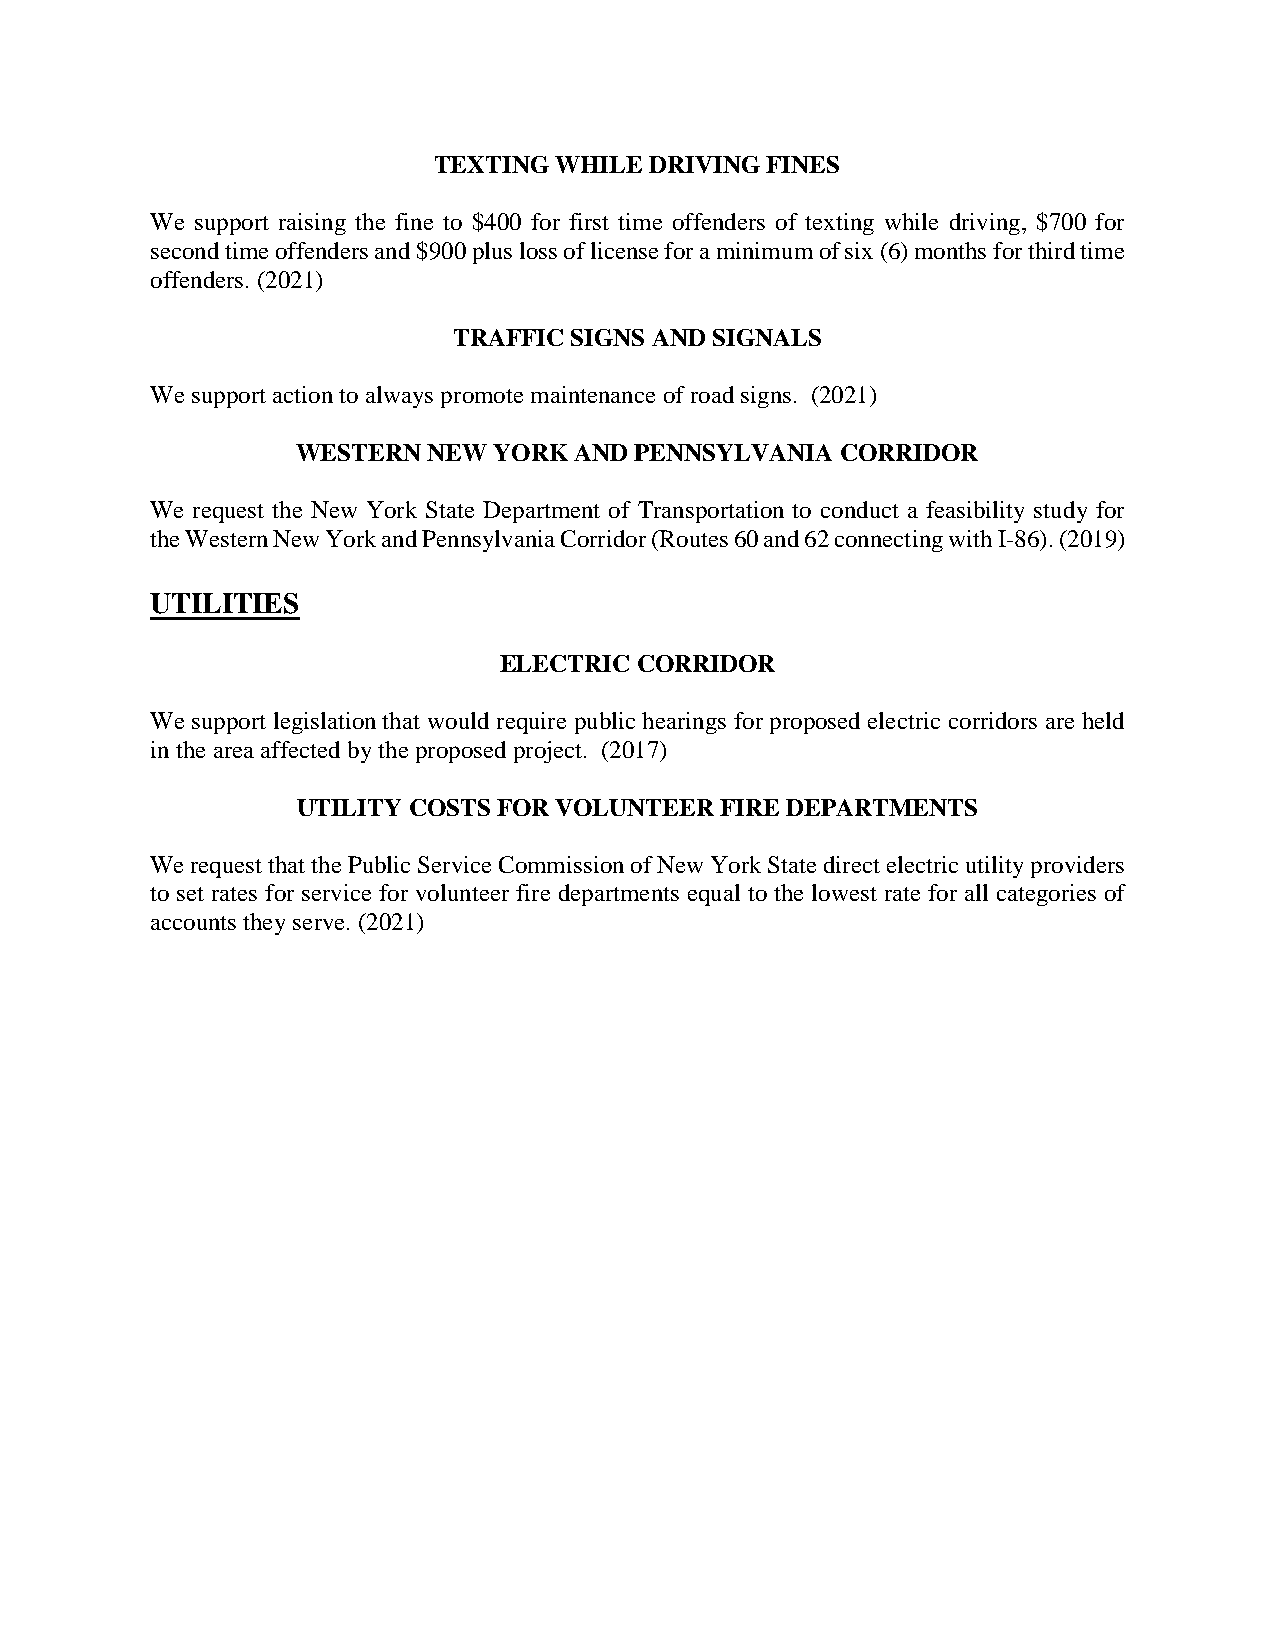
TEXTING WHILE DRIVING FINES
 We support raising the fine to $400 for first time offenders of texting while driving, $700 for
 second time offenders and $900 plus loss of license for a minimum of six (6) months for third time
 offenders. (2021)
 TRAFFIC SIGNS AND SIGNALS
 We support action to always promote maintenance of road signs. (2021)
 WESTERN NEW  YORK AND PENNSYLVANIA  CORRIDOR
 We request the New York State Department of Transportation to conduct a feasibility study for
 the Western New York and Pennsylvania Corridor (Routes 60 and 62 connecting with I-86). (2019)
 UTILITIES
 ELECTRIC CORRIDOR
 We support legislation that would require public hearings for proposed electric corridors are held
 in the area affected by the proposed project. (2017)
 UTILITY COSTS FOR VOLUNTEER FIRE DEPARTMENTS
 We request that the Public Service Commission of New York State direct electric utility providers
 to set rates for service for volunteer fire departments equal to the lowest rate for all categories of
 accounts they serve. (2021)